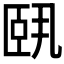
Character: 𬛣